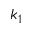
k _ { 1 }